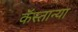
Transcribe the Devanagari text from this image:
कॅस्तान्या